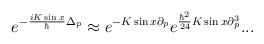
\begin{align*}e^{-\frac{iK\sin x}{\hbar} \Delta_p}\approx e^{-K\sin x \partial_p}e^{\frac{\hbar^2}{24} K\sin x \partial_p^3}...\end{align*}